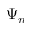
\Psi _ { n }